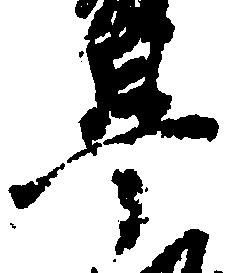
畢